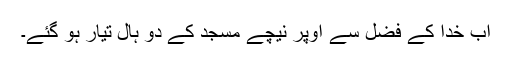
اب خدا کے فضل سے اوپر نیچے مسجد کے دو ہال تیار ہو گئے۔